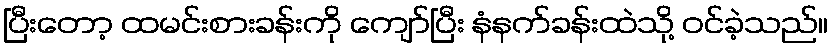
ပြီးတော့ ထမင်းစားခန်းကို ကျော်ပြီး နံနက်ခန်းထဲသို့ ဝင်ခဲ့သည်။